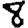
Digit: 8